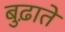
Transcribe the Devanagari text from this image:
बुढ़ाते